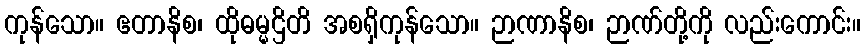
ကုန်သော။ ဧတာနိစ၊ ထိုဓမ္မဌိတိ အစရှိကုန်သော။ ဉာဏာနိစ၊ ဉာဏ်တို့ကို လည်းကောင်း။